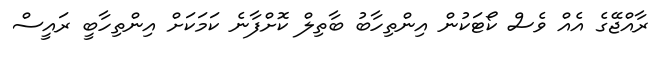
ރާއްޖޭގެ އެއް ވެސް ކޯޓަކުން އިންތިހާބު ބާތިލް ކޮށްފާނެ ކަމަކަށް އިންތިހާބީ ރައީސް